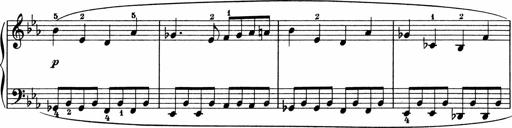
Title: 5 Sonatinen fÃ¼r die Jugend
Composer: Carl Reinecke